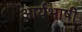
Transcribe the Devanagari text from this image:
आर्यभाषी